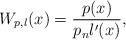
LaTeX: \begin{align*} W_{p,l}(x)=\frac{p(x)}{p_n l'(x)}, \end{align*}